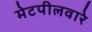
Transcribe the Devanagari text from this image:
मेटपीलवारे